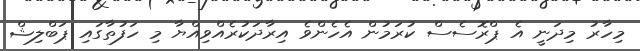
މިހާރު މިދަނީ އެ ޕްރޮސެސް ކުރަމުން އެހެންވެ އިރާދަކުރެއްވިއްޔާ މި ހަފުތާގައި ޕަބްލިޝް